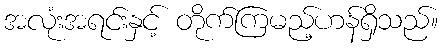
အလုံးအရင်းနှင့် တိုက်ကြမည့်ဟန်ရှိသည်။